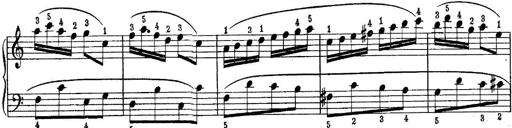
Title: Piano Sonatina No.1 in C major
Composer: Tadeusz Joteyko
Key: C major